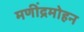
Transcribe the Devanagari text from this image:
मणींद्रमोहन